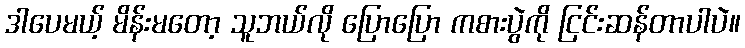
ဒါပေမယ့် မိန်းမတော့ သူဘယ်လို ပြောပြော ကစားပွဲကို ငြင်းဆန်တာပါပဲ။